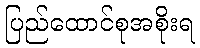
ပြည်ထောင်စုအစိုးရ